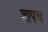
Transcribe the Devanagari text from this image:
शापच